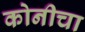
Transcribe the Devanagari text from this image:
कोनीचा